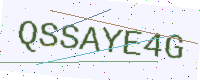
Text: QSSAYE4G